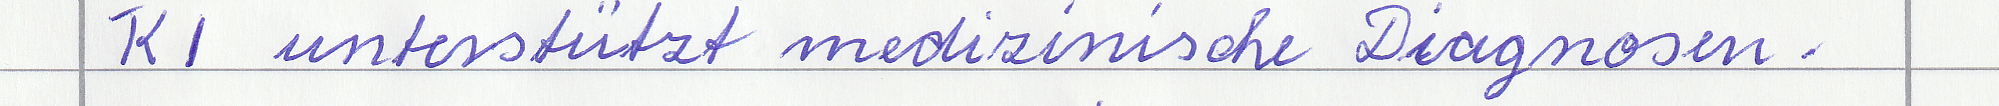
KI unterstützt medizinische Diagnosen.